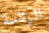
الرئاسة